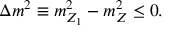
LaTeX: \Delta m ^ { 2 } \equiv m _ { Z _ { 1 } } ^ { 2 } - m _ { Z } ^ { 2 } \leq 0 .